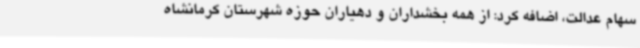
سهام عدالت، اضافه کرد: از همه بخشداران و دهیاران حوزه شهرستان کرمانشاه